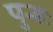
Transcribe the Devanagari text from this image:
पुन्हः